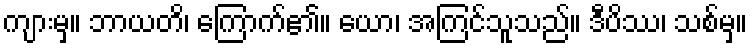
ကျားမှ။ ဘာယတိ၊ ကြောက်၏။ ယော၊ အကြင်သူသည်။ ဒီပိဿ၊ သစ်မှ။